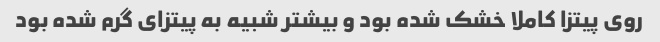
روی پیتزا کاملا خشک شده بود و بیشتر شبیه به پیتزای گرم شده بود